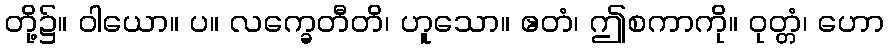
တို့၌။ ဝါယော။ ပ။ လက္ခေတီတိ၊ ဟူသော။ ဧတံ၊ ဤစကာကို။ ဝုတ္တံ၊ ဟော